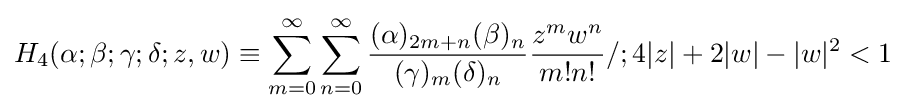
H_{4}(\alpha ;\beta ;\gamma ;\delta ;z,w)\equiv \sum _{m=0}^{\infty }\sum _{n=0}^{\infty }{\frac {(\alpha )_{2m+n}(\beta )_{n}}{(\gamma )_{m}(\delta )_{n}}}{\frac {z^{m}w^{n}}{m!n!}}/;4|z|+2|w|-|w|^{2}<1